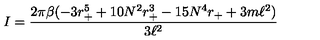
I = \frac { 2 \pi \beta ( - 3 r _ { + } ^ { 5 } + 1 0 N ^ { 2 } r _ { + } ^ { 3 } - 1 5 N ^ { 4 } r _ { + } + 3 m \ell ^ { 2 } ) } { 3 \ell ^ { 2 } }